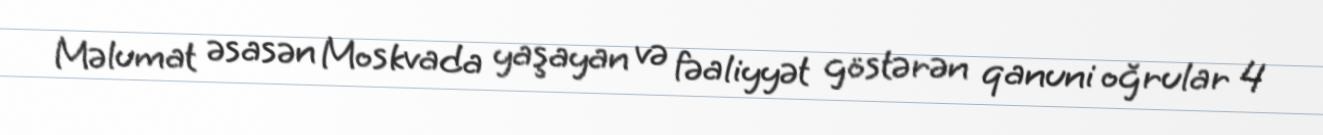
Məlumat əsasən Moskvada yaşayan və fəaliyyət göstərən qanuni oğrular 4